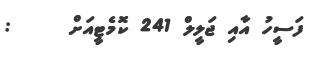
ފަސީހު އާއި ޖަލީލް 241 ކޮމެޓީއަށް     :